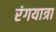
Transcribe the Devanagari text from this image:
रंगयात्रा